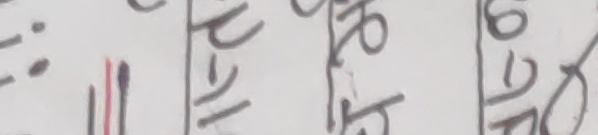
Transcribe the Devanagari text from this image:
पी-५